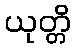
ယုတ္တိ